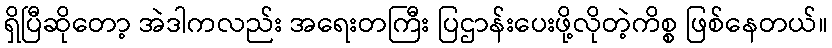
ရှိပြီဆိုတော့ အဲဒါကလည်း အရေးတကြီး ပြဌာန်းပေးဖို့လိုတဲ့ကိစ္စ ဖြစ်နေတယ်။